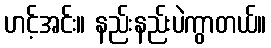
ဟင့်အင်း။ နည်းနည်းပဲကွာတယ်။